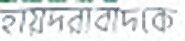
হায়দরাবাদকে